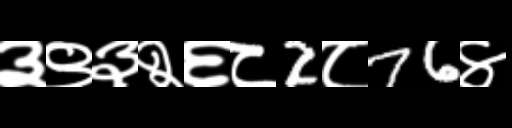
Text: ३९३२६८2८76४